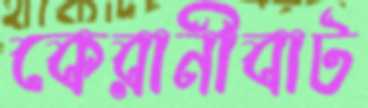
কেরানীবাট